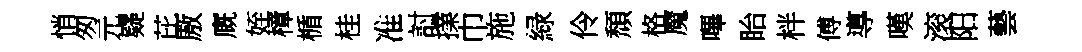
悄匆元嶷芘厫廐姪樟楯桂准討擈巾施緑伶頹格魔嗶眙柈傅導嘆滚阳藝